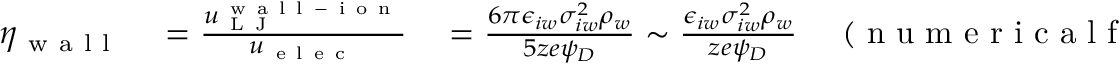
\begin{array} { r l } { \eta _ { \mathrm { ~ w ~ a ~ l ~ l ~ } } } & { { } = \frac { u _ { \mathrm { ~ L ~ J ~ } } ^ { \mathrm { ~ w ~ a ~ l ~ l ~ - ~ i ~ o ~ n ~ } } } { u _ { \mathrm { ~ e ~ l ~ e ~ c ~ } } } \quad = \frac { 6 \pi \epsilon _ { i w } \sigma _ { i w } ^ { 2 } \rho _ { w } } { 5 z e \psi _ { D } } \sim \frac { \epsilon _ { i w } \sigma _ { i w } ^ { 2 } \rho _ { w } } { z e \psi _ { D } } \quad \mathrm { ~ ( ~ n ~ u ~ m ~ e ~ r ~ i ~ c ~ a ~ l ~ f ~ a ~ c ~ t ~ o ~ r ~ s ~ r ~ e ~ m ~ o ~ v ~ e ~ d ~ ) ~ } } \end{array}